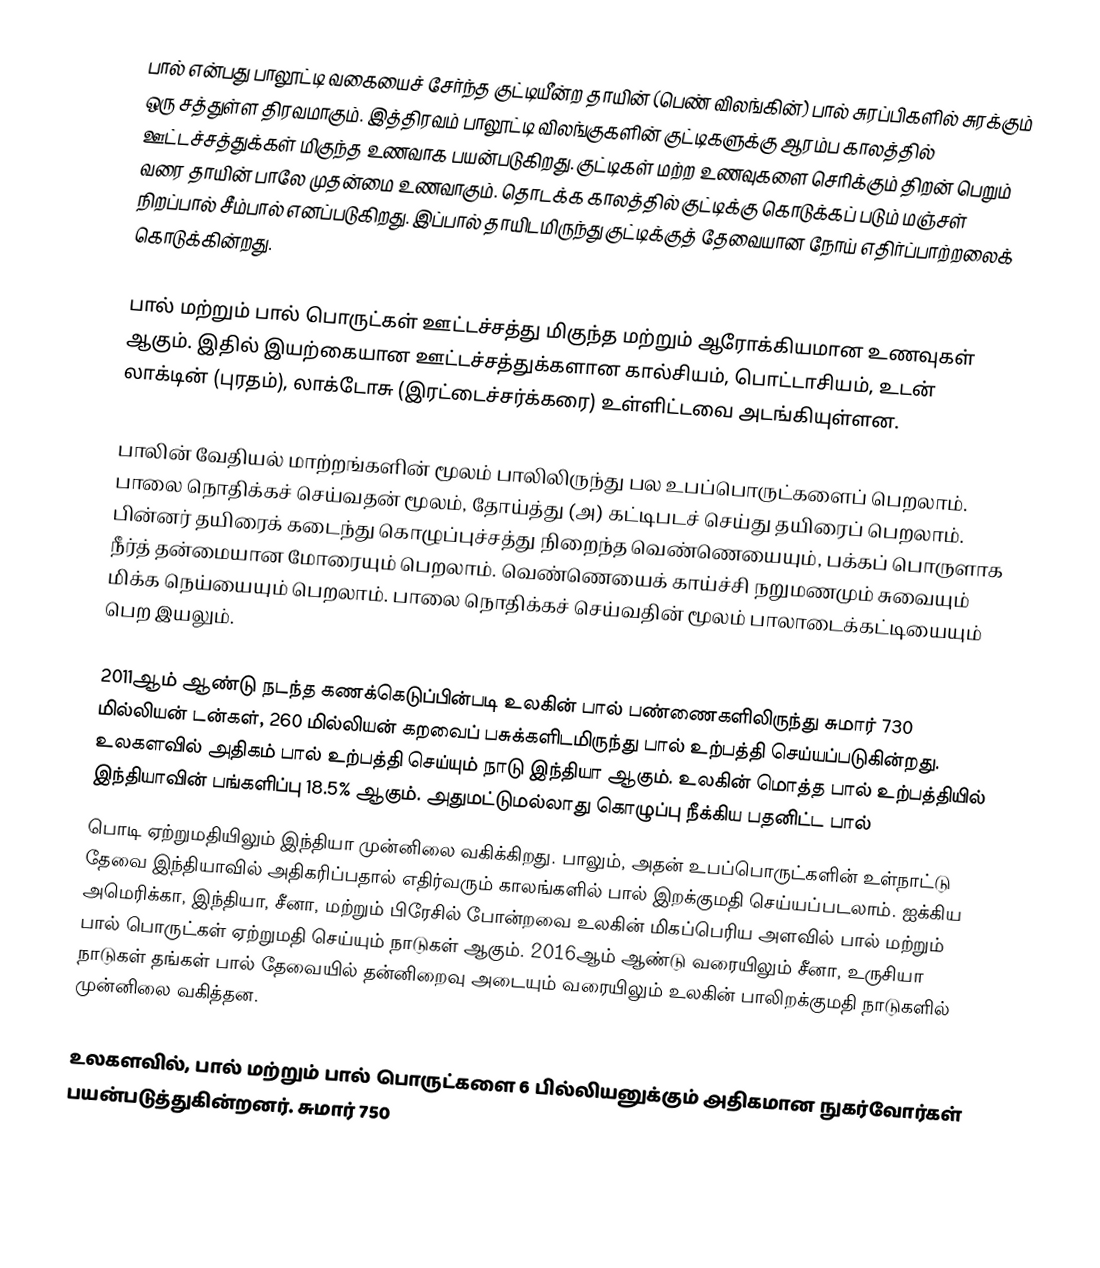
பால் என்பது பாலூட்டி வகையைச் சேர்ந்த குட்டியீன்ற தாயின் (பெண் விலங்கின்) பால் சுரப்பிகளில் சுரக்கும் ஒரு சத்துள்ள திரவமாகும். இத்திரவம் பாலூட்டி விலங்குகளின் குட்டிகளுக்கு ஆரம்ப காலத்தில் ஊட்டச்சத்துக்கள் மிகுந்த உணவாக பயன்படுகிறது. குட்டிகள் மற்ற உணவுகளை செரிக்கும் திறன் பெறும் வரை தாயின் பாலே முதன்மை உணவாகும். தொடக்க காலத்தில் குட்டிக்கு கொடுக்கப் படும் மஞ்சள் நிறப்பால் சீம்பால் எனப்படுகிறது. இப்பால் தாயிடமிருந்து குட்டிக்குத் தேவையான நோய் எதிர்ப்பாற்றலைக் கொடுக்கின்றது.

பால் மற்றும் பால் பொருட்கள் ஊட்டச்சத்து மிகுந்த மற்றும் ஆரோக்கியமான உணவுகள் ஆகும். இதில் இயற்கையான ஊட்டச்சத்துக்களான கால்சியம், பொட்டாசியம், உடன் லாக்டின் (புரதம்), லாக்டோசு (இரட்டைச்சர்க்கரை) உள்ளிட்டவை அடங்கியுள்ளன.

பாலின் வேதியல் மாற்றங்களின் மூலம் பாலிலிருந்து பல உபப்பொருட்களைப் பெறலாம். பாலை நொதிக்கச் செய்வதன் மூலம், தோய்த்து (அ) கட்டிபடச் செய்து தயிரைப் பெறலாம். பின்னர் தயிரைக் கடைந்து கொழுப்புச்சத்து நிறைந்த வெண்ணெயையும், பக்கப் பொருளாக நீர்த் தன்மையான மோரையும் பெறலாம். வெண்ணெயைக் காய்ச்சி நறுமணமும் சுவையும் மிக்க நெய்யையும் பெறலாம். பாலை நொதிக்கச் செய்வதின் மூலம் பாலாடைக்கட்டியையும் பெற இயலும்.

2011ஆம் ஆண்டு நடந்த கணக்கெடுப்பின்படி உலகின் பால் பண்ணைகளிலிருந்து சுமார் 730 மில்லியன் டன்கள், 260 மில்லியன் கறவைப் பசுக்களிடமிருந்து பால் உற்பத்தி செய்யப்படுகின்றது. உலகளவில் அதிகம் பால் உற்பத்தி செய்யும் நாடு இந்தியா ஆகும். உலகின் மொத்த பால் உற்பத்தியில் இந்தியாவின் பங்களிப்பு 18.5% ஆகும். அதுமட்டுமல்லாது கொழுப்பு நீக்கிய பதனிட்ட பால்
பொடி ஏற்றுமதியிலும் இந்தியா முன்னிலை வகிக்கிறது. பாலும், அதன் உபப்பொருட்களின் உள்நாட்டு தேவை இந்தியாவில் அதிகரிப்பதால் எதிர்வரும் காலங்களில் பால் இறக்குமதி செய்யப்படலாம். ஐக்கிய அமெரிக்கா, இந்தியா, சீனா, மற்றும் பிரேசில் போன்றவை உலகின் மிகப்பெரிய அளவில் பால் மற்றும் பால் பொருட்கள் ஏற்றுமதி செய்யும் நாடுகள் ஆகும். 2016ஆம் ஆண்டு வரையிலும் சீனா, உருசியா நாடுகள் தங்கள் பால் தேவையில் தன்னிறைவு அடையும் வரையிலும் உலகின் பாலிறக்குமதி நாடுகளில் முன்னிலை வகித்தன.

உலகளவில், பால் மற்றும் பால் பொருட்களை 6 பில்லியனுக்கும் அதிகமான நுகர்வோர்கள் பயன்படுத்துகின்றனர். சுமார் 750